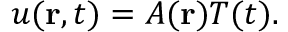
u ( \mathbf { r } , t ) = A ( \mathbf { r } ) T ( t ) .